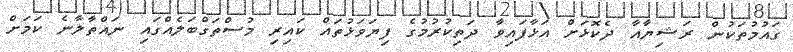
ގައުމުތަކުން ރަޝިޔާއާ ދެކޮޅަށް އަޅާފައިވާ ދަތިކުރުމުގެ ފިޔަވަޅުތައް ކައިރި މުސްތަގްބަލެއްގައި ނައްތާލާނެ ކަމަށް